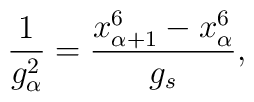
\frac{1}{g^2_\alpha}=\frac{x^6_{\alpha+1}-x^6_{\alpha}}{g_s},